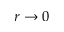
r \to 0